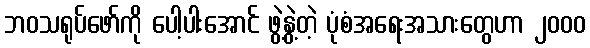
ဘဝသရုပ်ဖော်ကို ပေါ့ပါးအောင် ဖွဲ့နွဲ့တဲ့ ပုံစံအရေးအသားတွေဟာ ၂၀၀၀